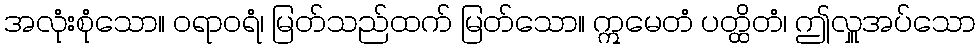
အလုံးစုံသော။ ဝရာဝရံ၊ မြတ်သည်ထက် မြတ်သော။ ဣမေတံ ပတ္ထိတံ၊ ဤလှူအပ်သော